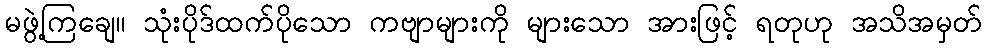
မဖွဲ့ကြချေ။ သုံးပိုဒ်ထက်ပိုသော ကဗျာများကို များသော အားဖြင့် ရတုဟု အသိအမှတ်